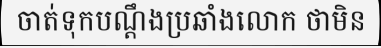
ចាត់ទុកបណ្តឹងប្រឆាំងលោក ថាមិន